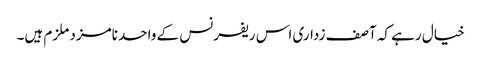
خیال رہے کہ آصف زداری اس ریفرنس کے واحد نامزد ملزم ہیں۔